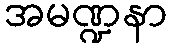
အမဏ္ဍနာ